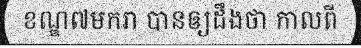
ខណ្ឌ៧មករា បានឲ្យដឹងថា កាលពី